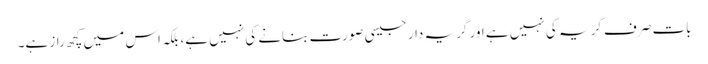
بات صرف گریہ کی نہیں ہے اور گریہ دار جیسی صورت بنانے کی نہیں ہے، بلکہ اس میں کچھ راز ہے۔